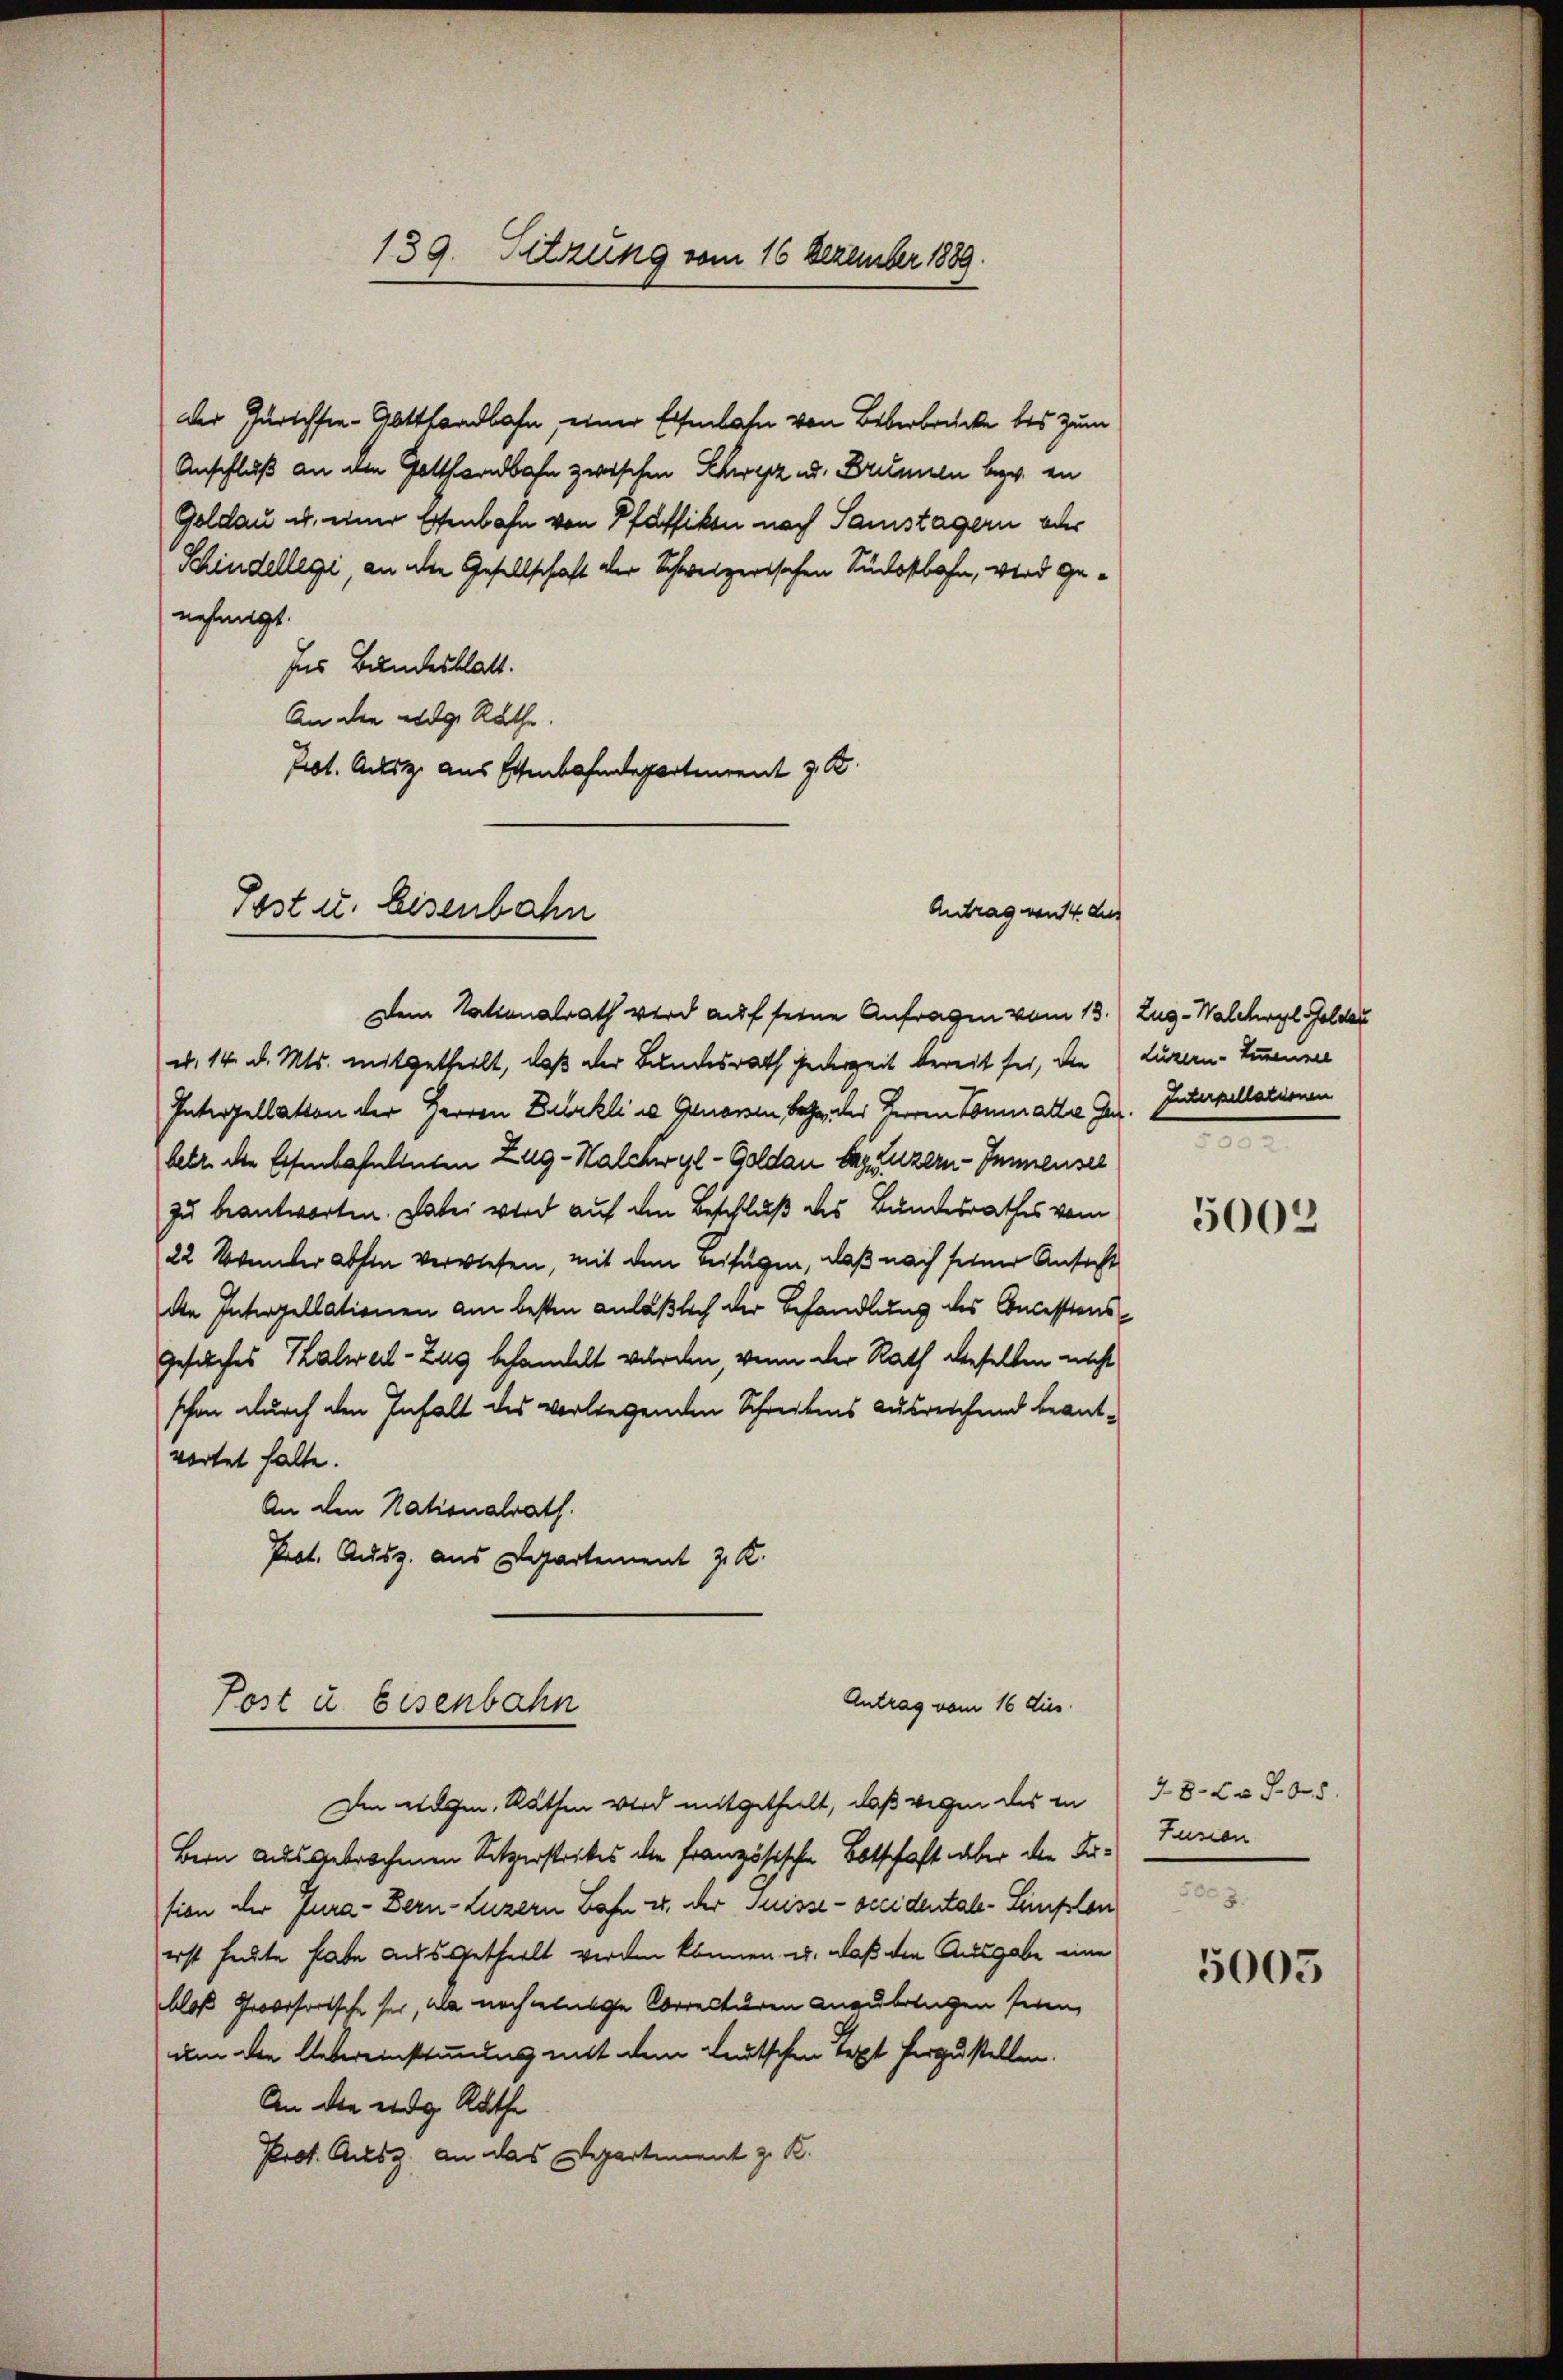
Der Gerichste - Gotthardbahn, einer Eisenbahn von Leberbrücke bis zum
Anschluß an den Gotthardbahn zwischen Schwyz ad. Brunnen bezw. en
Goldau u. einer Essenbahn von Pfäffikon nach Samstagern oder
Schindellegi, an der Gesellschaft der Schweizerischen Südostbahn, wird genehmigt.
Ins Bundesblatt.
An der eidg. Rathe
Prot. Ausz. aus Eisenbahndepartenrent z. B

139. Sitzung vom 16 Dezember 1889.

Post u. Eisenbahn

Antrag von 14 des

Dem Nationalrath wird auf seine Anfragen vom 13.) Zug-Walchwyl Gelder
d. 14. d. Mts. mitgetheilt, daß der Bundesrath jederzeit bereit sei, die Luzern-Simmenere
Interpellation der Herren Delikli u. Genoren behe, der Herren Commatter Ger. Interpellationen
Febr. die Eisenbahnlinten Zug-Walchwyl- Goldau des Luzern - Immensel
zu beantworten. Dabei wird auf den Beschluß des Bundesrathes vom
22 November abhin verwiesen, mit den Beifügen, daß nach seiner Ansicht
den Interpellationen am besten anläßlich der Behandlung des Concessions¬
Gesuches Kalweil-Zug behandelt werden, wenn der Rath derselben nicht
schon durch den Inhalt des vorliegenden Schreibens ausreichend beantwortet halte.
An den Nationalrath.
Prot. Ausz. aus Departement J. K.

Antrag vom 16 dies
Post u. Eisenbahn

Ien wegen, Rathen wird mitgetheilt, daß wegen des in
Bern ausgebrochenen Sitzerstrickes die Französische Botschaft aber die Fision der Jura - Bern-Luzern Bahn u. der Suisse - sccidental-Limpolon
erst heute habe ausgetheilt werden können u. daß die Ausgabe eine
bloß provisortsche sei, als noch einige Correcturen anzubringen seien,
um die Uebereinstimmung mit dem Leutschen Text herzustellen.
An die eidg. Rathe
Prot. Ausg. an das Departement z. B.

e

5002

28 508.
Fusion

5005